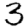
Digit: 3